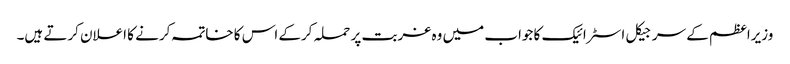
وزیراعظم کے سرجیکل اسٹرائیک کا جواب میں وہ غربت پر حملہ کرکے اس کا خاتمہ کرنے کا اعلان کرتے ہیں۔